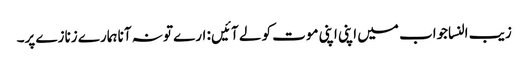
زیب النساجواب میں اپنی اپنی موت کو لے آئیں : ارے تو نہ آنا ہمارے زنازے پر۔